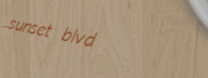
sunset blvd